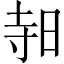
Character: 𪰛